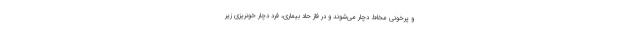
و پرخونی مخاط دچار می‌شوند و در فاز حاد بیماری، فرد دچار خونریزی زیر